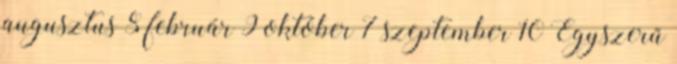
augusztus 8 február 9 október 7 szeptember 10 Egyszerű